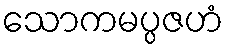
သောကမပ္ပဇဟံ